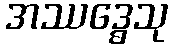
အဿဒ္ဓေသု